Lui_Olesk, lk 26
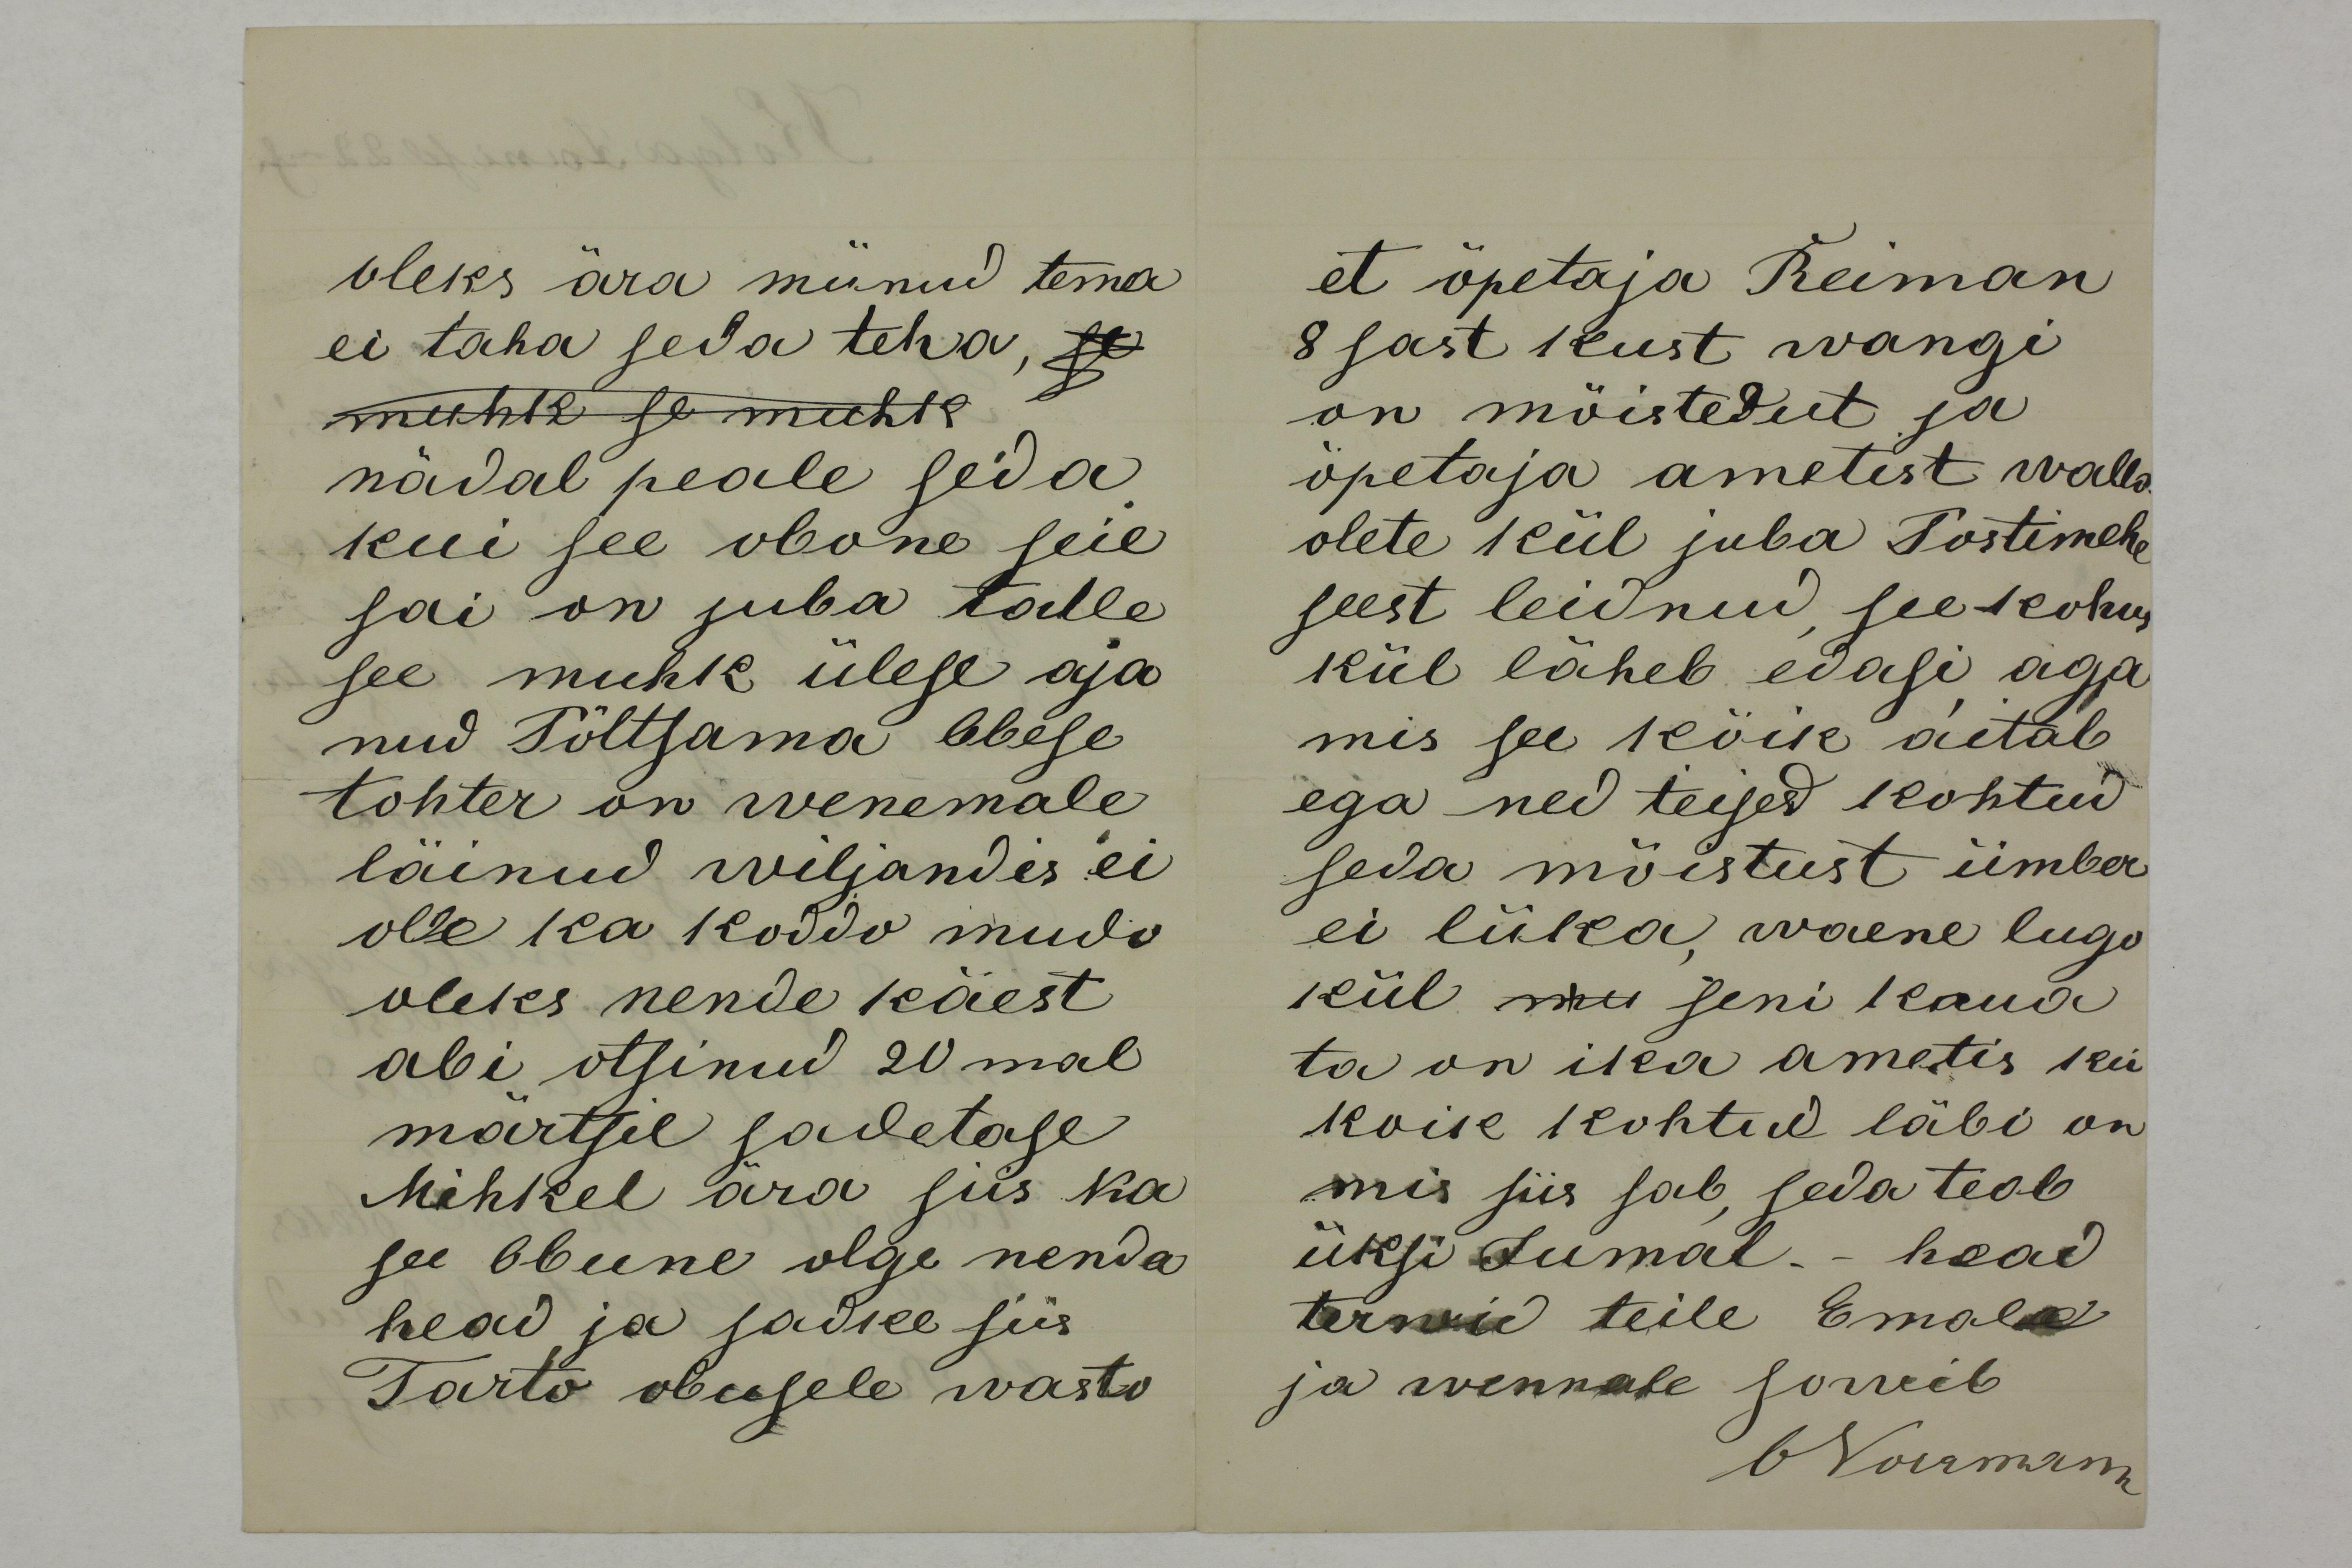
oleks ära münud tema
ei taha seda teha, se
muhk se muhk
nädal peale seda
kui see obone seie
sai on juba talle
see muhk ülese aja
nud Põltsama Obese
tohter on wenemale 
läinud wiljandis ei
olle ka koddo mudo
oleks nende käest
abi otsinud 20mal
märtsil sadetase
Mihkel ära siis ka
see Obune olge nenda 
head ja sadke siis
Tarto obusele wasto

et öpetaja Reiman
8sast kust wangi
on mõistedut ja
öpetaja ametist walla
olete kül juba Postimehe
seest leidnud, see kohus
kül läheb edasi, aga
mis see köik aitab
ega ned teised kohtud
seda mõistust ümber
ei lüka, waene lugo
kül mu seni kaua
ta on ika ametis kui
koik kohtud läbi on
mis siis sab, seda teab 
üksi Jumal. - head 
terwid teile Emale
ja wennale sowib
ONorrmann